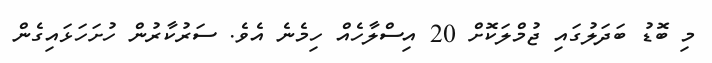
މި ބޮޑު ބަދަލުގައި ޖުމްލަކޮށް 20 އިސްލާހެއް ހިމެނެ އެވެ. ސަރުކާރުން ހުށަހަޅައިގެން